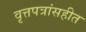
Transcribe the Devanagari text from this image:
वृत्तपत्रांसहीत